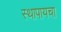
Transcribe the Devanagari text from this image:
स्थापायचा